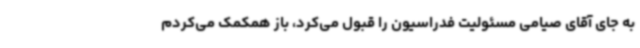
به جای آقای صیامی مسئولیت فدراسیون را قبول می‌کرد، باز همکمک می‌کردم